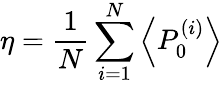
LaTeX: \eta=\frac 1N\sum_{i=1}^{N}\left<P_{0}^{(i)}\right>